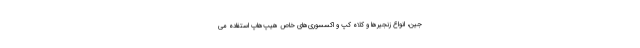
جین، انواع زنجیرها و کلاه کپ و اکسسوری‌های خاص هیپ‌هاپ استفاده می